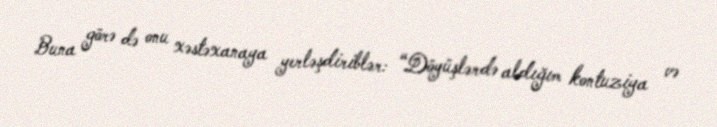
Buna görə də onu xəstəxanaya yerləşdiriblər: “Döyüşlərdə aldığım kontuziya və